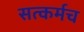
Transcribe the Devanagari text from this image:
सत्कर्मच